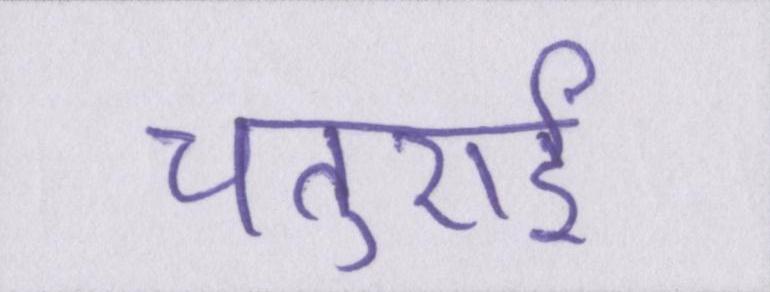
चतुराई